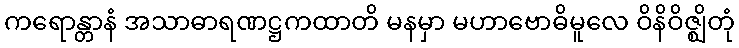
ကရောန္တာနံ အသာဓာရဏဋ္ဌကထာတိ မနမှာ မဟာဗောဓိမူလေ ဝိနိဝိဇ္ဈိတုံ